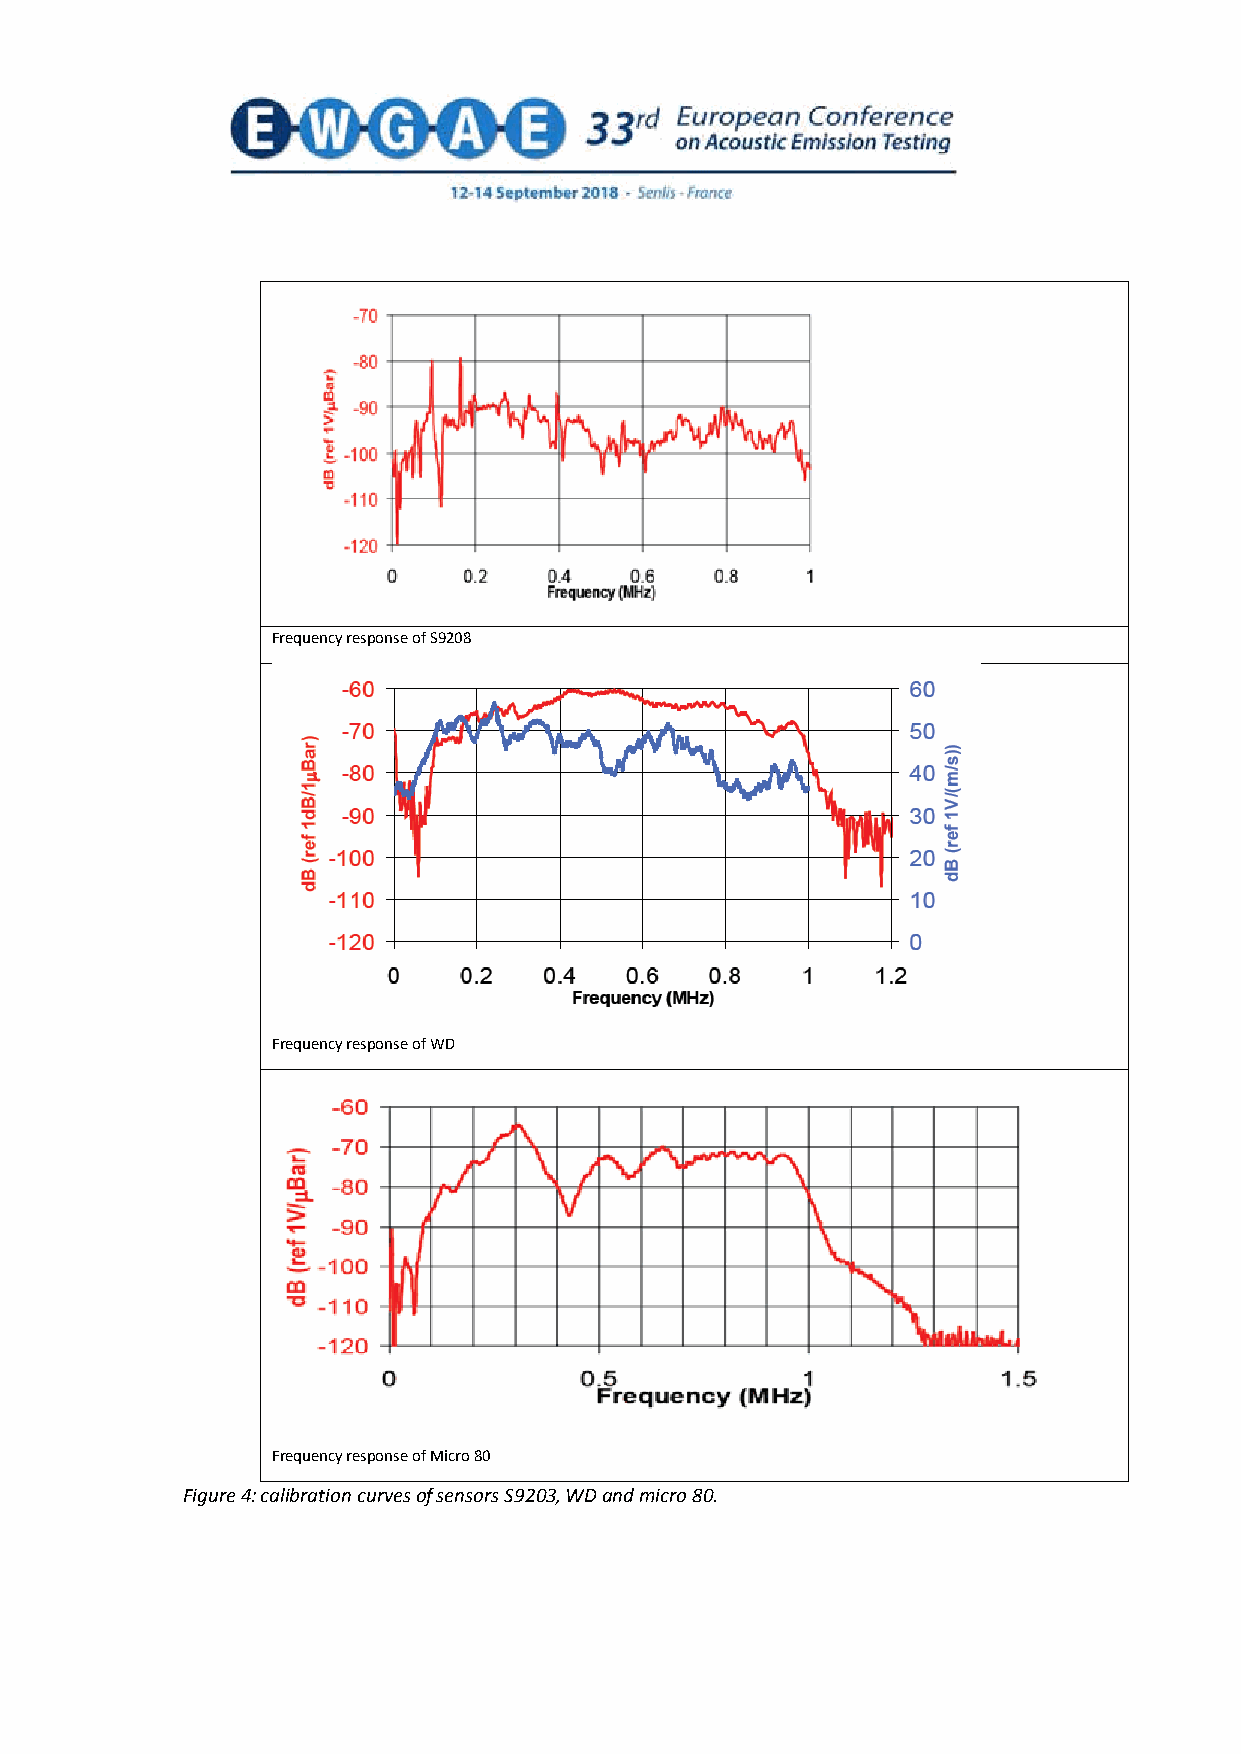
Frequency response of S9208
 Frequency response of WD
 Frequency response of Micro 80
 Figure 4: calibration curves of sensors S9203, WD and micro 80.
 5